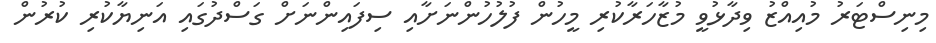
މިނިސްޓަރު މުއިއްޒު ވިދާޅުވީ މުޒާހަރާކުރި މީހުން ފުލުހުންނަށާއި ސިފައިންނަށް ގަސްދުގައި އަނިޔާކުރި ކުރުން